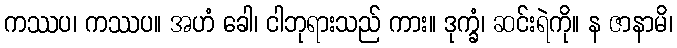
ကဿပ၊ ကဿပ။ အဟံ ခေါ၊ ငါဘုရားသည် ကား။ ဒုက္ခံ၊ ဆင်းရဲကို။ န ဇာနာမိ၊